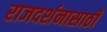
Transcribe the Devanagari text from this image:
राजदर्शनासाठी